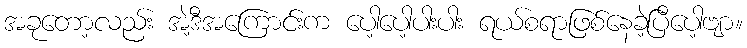
အခုတော့လည်း အဲ့ဒီအကြောင်းက ပေါ့ပေါ့ပါးပါး ရယ်စရာဖြစ်နေခဲ့ပြီပေါ့ဗျာ။